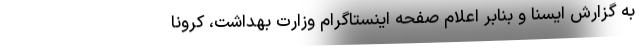
به گزارش ایسنا و بنابر اعلام صفحه اینستاگرام وزارت بهداشت، کرونا